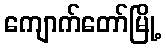
ကျောက်တော်မြို့